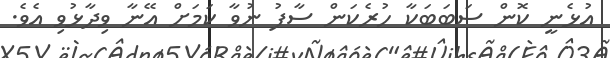
އުޅެނީ ކޮން ސަބަބަކާ ހުރެކަން ސާފު ނުވާ ކަމަށް އޭނާ ވިދާޅުވި އެވެ.